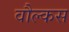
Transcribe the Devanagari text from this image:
वौल्कस